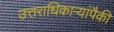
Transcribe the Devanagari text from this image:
उत्तराधिकाऱ्यांपैकी